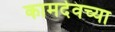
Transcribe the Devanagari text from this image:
कामदेवच्या